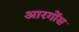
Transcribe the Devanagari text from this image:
आरगोंस